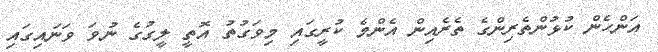
އަންހެން ކުޅުންތެރިންގެ ތެރެއިން އެންމެ ކުރީގައި މިވަގުތު އޮތީ ލީގުގެ ނުވަ ވަނައިގައި